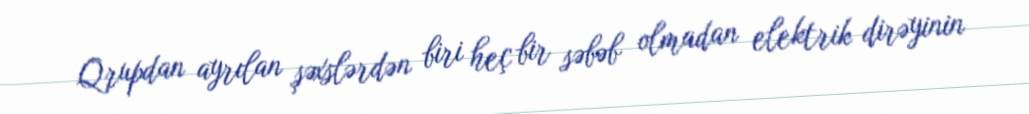
Qrupdan ayrılan şəxslərdən biri heç bir səbəb olmadan elektrik dirəyinin